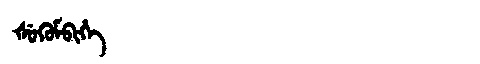
Manchu: ᡧᡠᡴᡠᠮᠪᡳᡥᡝ
Romanization: ŠUKUMBIHE